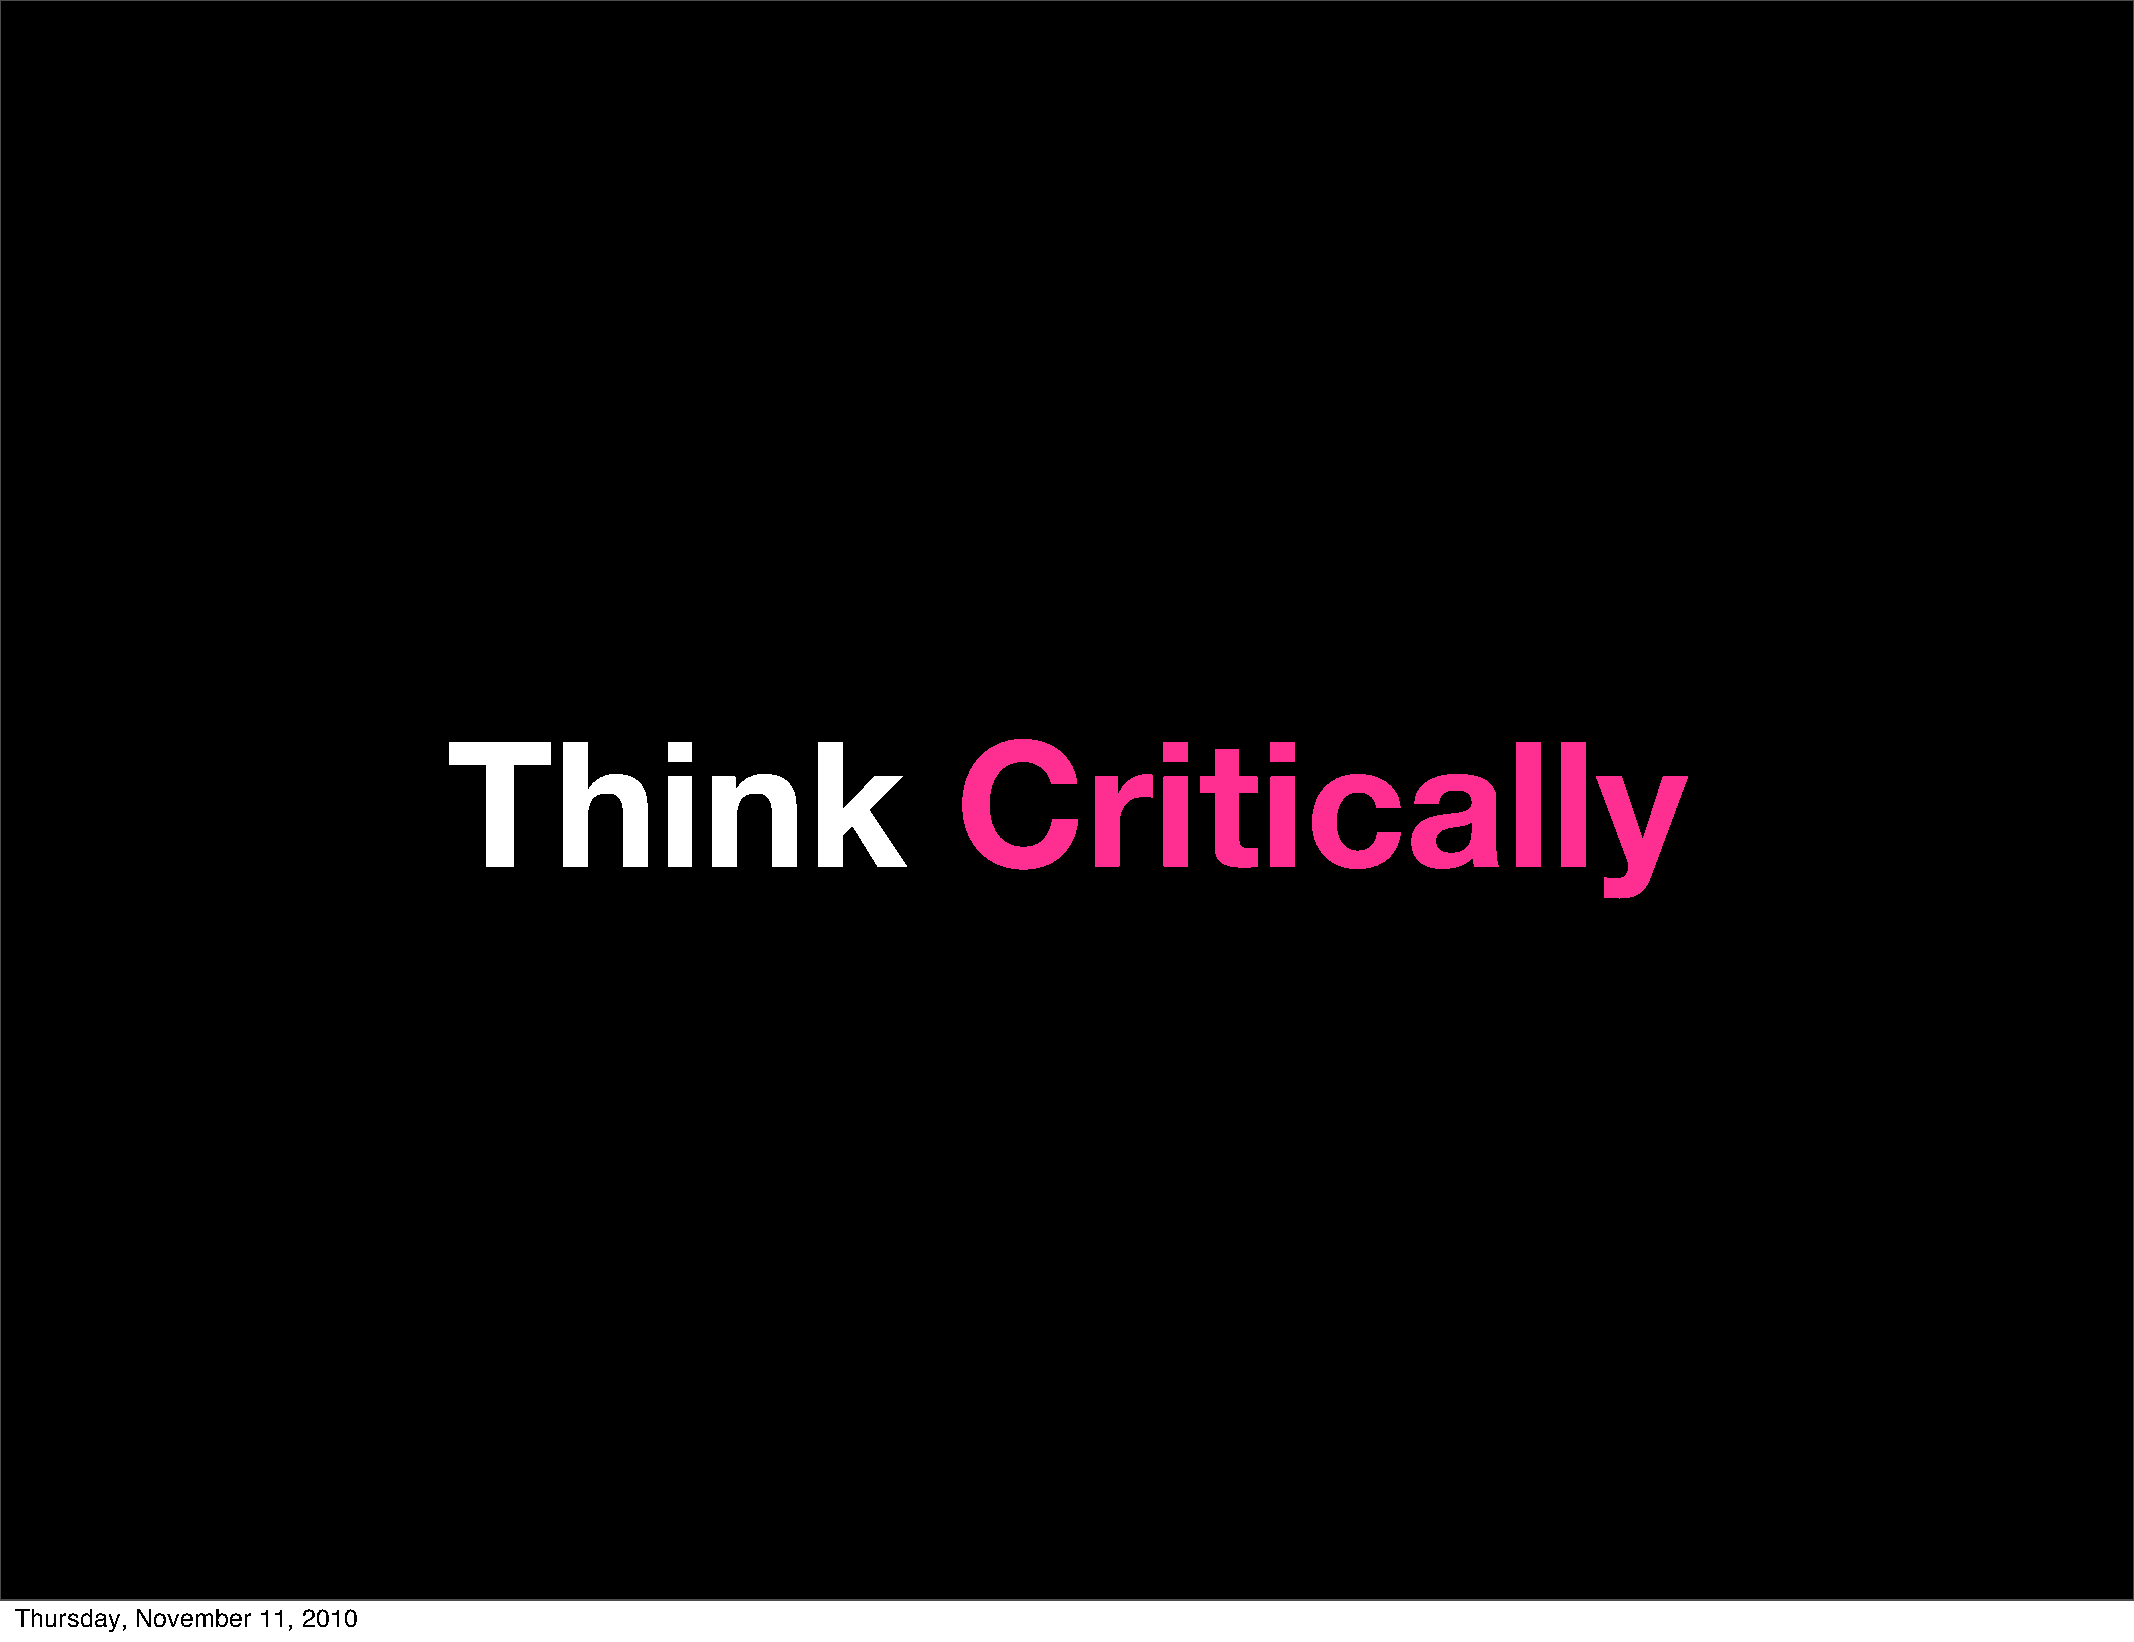
Think                            Critically
 Thursday, November 11, 2010